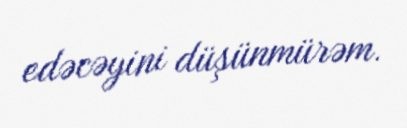
edəcəyini düşünmürəm.